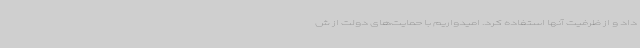
داد و از ظرفیت آنها استفاده کرد. امیدواریم با حمایت‌های دولت از ش